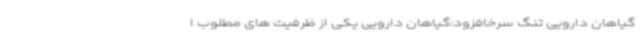
گیاهان دارویی تنگ سرخافزود:گیاهان دارویی یکی از ظرفیت های مطلوب ا